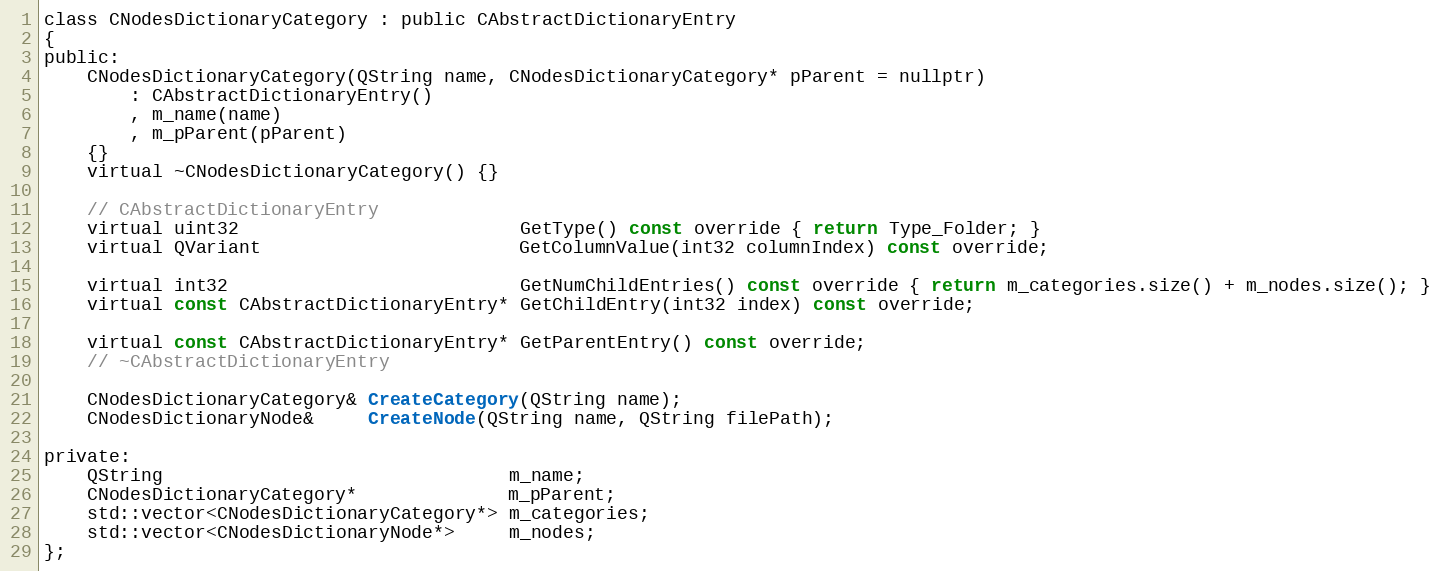
Language: C
class CNodesDictionaryCategory : public CAbstractDictionaryEntry
{
public:
	CNodesDictionaryCategory(QString name, CNodesDictionaryCategory* pParent = nullptr)
		: CAbstractDictionaryEntry()
		, m_name(name)
		, m_pParent(pParent)
	{}
	virtual ~CNodesDictionaryCategory() {}

	// CAbstractDictionaryEntry
	virtual uint32                          GetType() const override { return Type_Folder; }
	virtual QVariant                        GetColumnValue(int32 columnIndex) const override;

	virtual int32                           GetNumChildEntries() const override { return m_categories.size() + m_nodes.size(); }
	virtual const CAbstractDictionaryEntry* GetChildEntry(int32 index) const override;

	virtual const CAbstractDictionaryEntry* GetParentEntry() const override;
	// ~CAbstractDictionaryEntry

	CNodesDictionaryCategory& CreateCategory(QString name);
	CNodesDictionaryNode&     CreateNode(QString name, QString filePath);

private:
	QString                                m_name;
	CNodesDictionaryCategory*              m_pParent;
	std::vector<CNodesDictionaryCategory*> m_categories;
	std::vector<CNodesDictionaryNode*>     m_nodes;
};